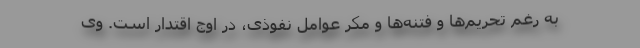
به رغم تحریم‌ها و فتنه‌ها و مکر عوامل نفوذی، در اوج اقتدار است. وی